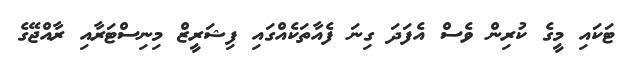
ޓަކައި މީގެ ކުރިން ވެސް އެފަދަ ގިނަ ފެއާތަކެއްގައި ފިޝަރީޒް މިނިސްޓަރާއި ރާއްޖޭގެ